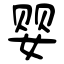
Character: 婴